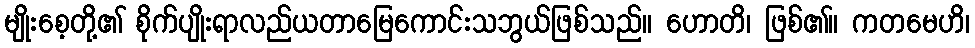
မျိုးစေ့တို့၏ စိုက်ပျိုးရာလည်ယတာမြေကောင်းသဘွယ်ဖြစ်သည်။ ဟောတိ၊ ဖြစ်၏။ ကတမေဟိ၊